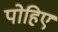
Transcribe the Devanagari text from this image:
पोहिए